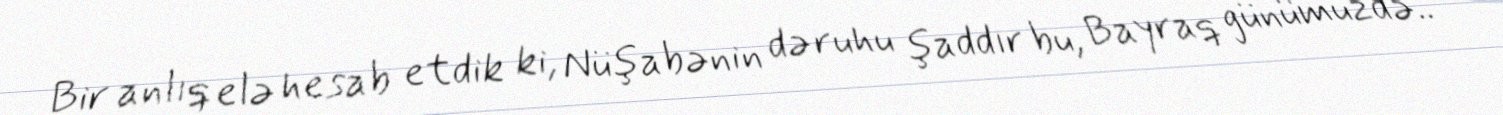
Bir anlıq elə hesab etdik ki, Nüşabənin də ruhu şaddır bu, Bayraq günümüzdə..